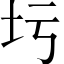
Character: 圬